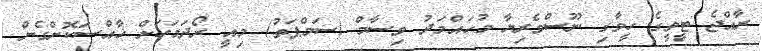
ރާއްޖެ ޓީވީގެ ހީވާގި ނޫސްވެރިޔާ މުހައްމަދު ވިސާމް (ސަމްޕަތު) މިއީ ރޯދަމަހަށް ޚާއްސަކޮށްގެން